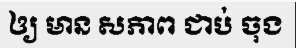
ឲ្យ មាន សភាព ជាប់ ចុង